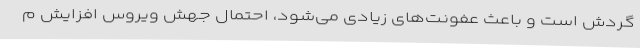
گردش است و باعث عفونت‌های زیادی می‌شود، احتمال جهش ویروس افزایش م